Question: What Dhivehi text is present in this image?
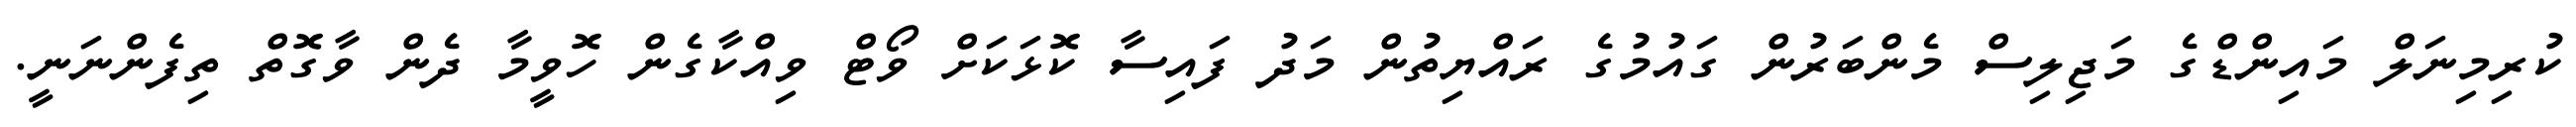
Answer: ކުރިމިނަލް މައިންޑްގެ މަޖިލިސް މެންބަރުން ގައުމުގެ ރައްޔިތުން މަދު ފައިސާ ކޮޅަކަށް ވޯޓް ވިއްކާގެން ހޮވީމާ ދެން ވާގޮތް ތިފެންނަނީ.